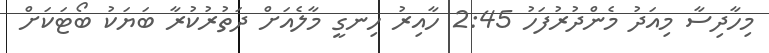
މިހާދިސާ މިއަދު މެންދުރުފަހު 2:45 ހާއިރު ހިނގީ މާލެއަށް ދަތުރުކުރާ ބަޔަކު ބޯޓަކަށް